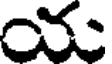
య